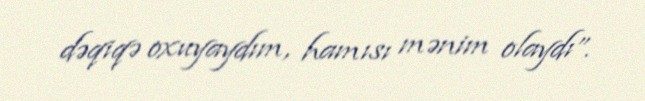
dəqiqə oxuyaydım, hamısı mənim olaydı”.